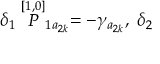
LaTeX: \delta _ { 1 } \stackrel { [ 1 , 0 ] } { \cal P } _ { 1 a _ { 2 k } } = - \gamma _ { a _ { 2 k } } , \; \delta _ { 2 }